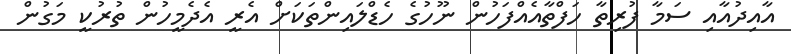
އާއިދުއާއި ސަމާ ފުރިތާ ހަފްތާއެއްފަހުން ނޫހުގެ ހެޑްލައިންތަކަށް އެރީ އެދެމީހުން ތުރުކީ މަގުން